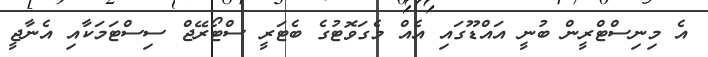
އެ މިނިސްޓްރީން ބުނީ އައްޑޫގައި އެއް މެގަވޮޓުގެ ބެޓަރީ ސްޓޯރޭޖް ސިސްޓަމަކާއި އެނާޖީ